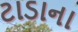
ટાડાના